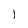
Character: l